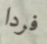
فردا